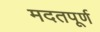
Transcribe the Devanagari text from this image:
मदतपूर्ण